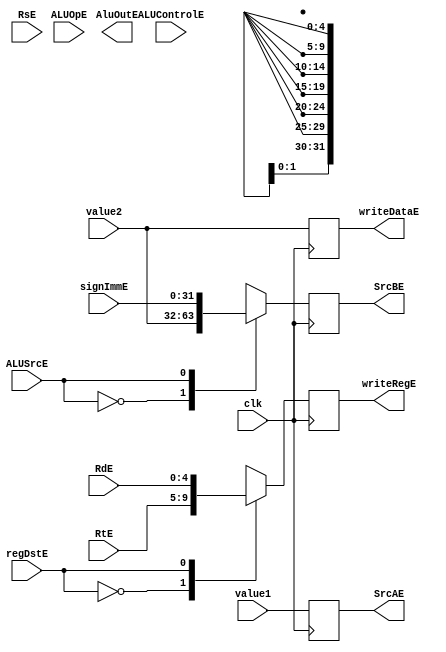
module instructionExecution (clk,
                             ALUControlE,
                             ALUOpE,
                             ALUSrcE,
                             regDstE,
                             signImmE,
                             RsE,
                             RtE,
                             RdE,
                             writeRegE,
                             AluOutE,
                             value1,
                             value2,
                             SrcAE,
                             SrcBE,
                             writeDataE);

    input clk,ALUSrcE,regDstE;
    input [4:0] RsE,RtE,RdE;
    input [1:0] ALUOpE;
    input [3:0] ALUControlE;                                                                                        
    output reg [4:0] writeRegE;
    output reg [31:0] SrcAE,SrcBE;
    output [31:0] AluOutE;
    input [31:0] value1,value2,signImmE;
    output reg [31:0] writeDataE;
    
    always @(posedge clk) begin
        SrcAE      <= value1;
        writeDataE <= value2;
        case (ALUSrcE)
            1'b0: SrcBE <= value2;
            1'b1: SrcBE <= signImmE;
        endcase
        
        case (regDstE)
            1'b0: writeRegE <= RtE;
            1'b1: writeRegE <= RdE;
        endcase
        
    end
endmodule